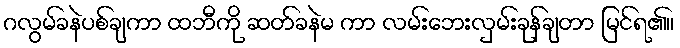
ဂလွမ်ခနဲပစ်ချကာ ထဘီကို ဆတ်ခနဲမ ကာ လမ်းဘေးလှမ်းခုန်ချတာ မြင်ရ၏။